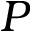
P